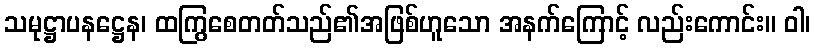
သမုဋ္ဌာပနဋ္ဌေန၊ ထကြွစေတတ်သည်၏အဖြစ်ဟူသော အနက်ကြောင့် လည်းကောင်း။ ဝါ၊